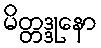
မိတ္တဒ္ဒုနော